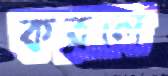
করলে